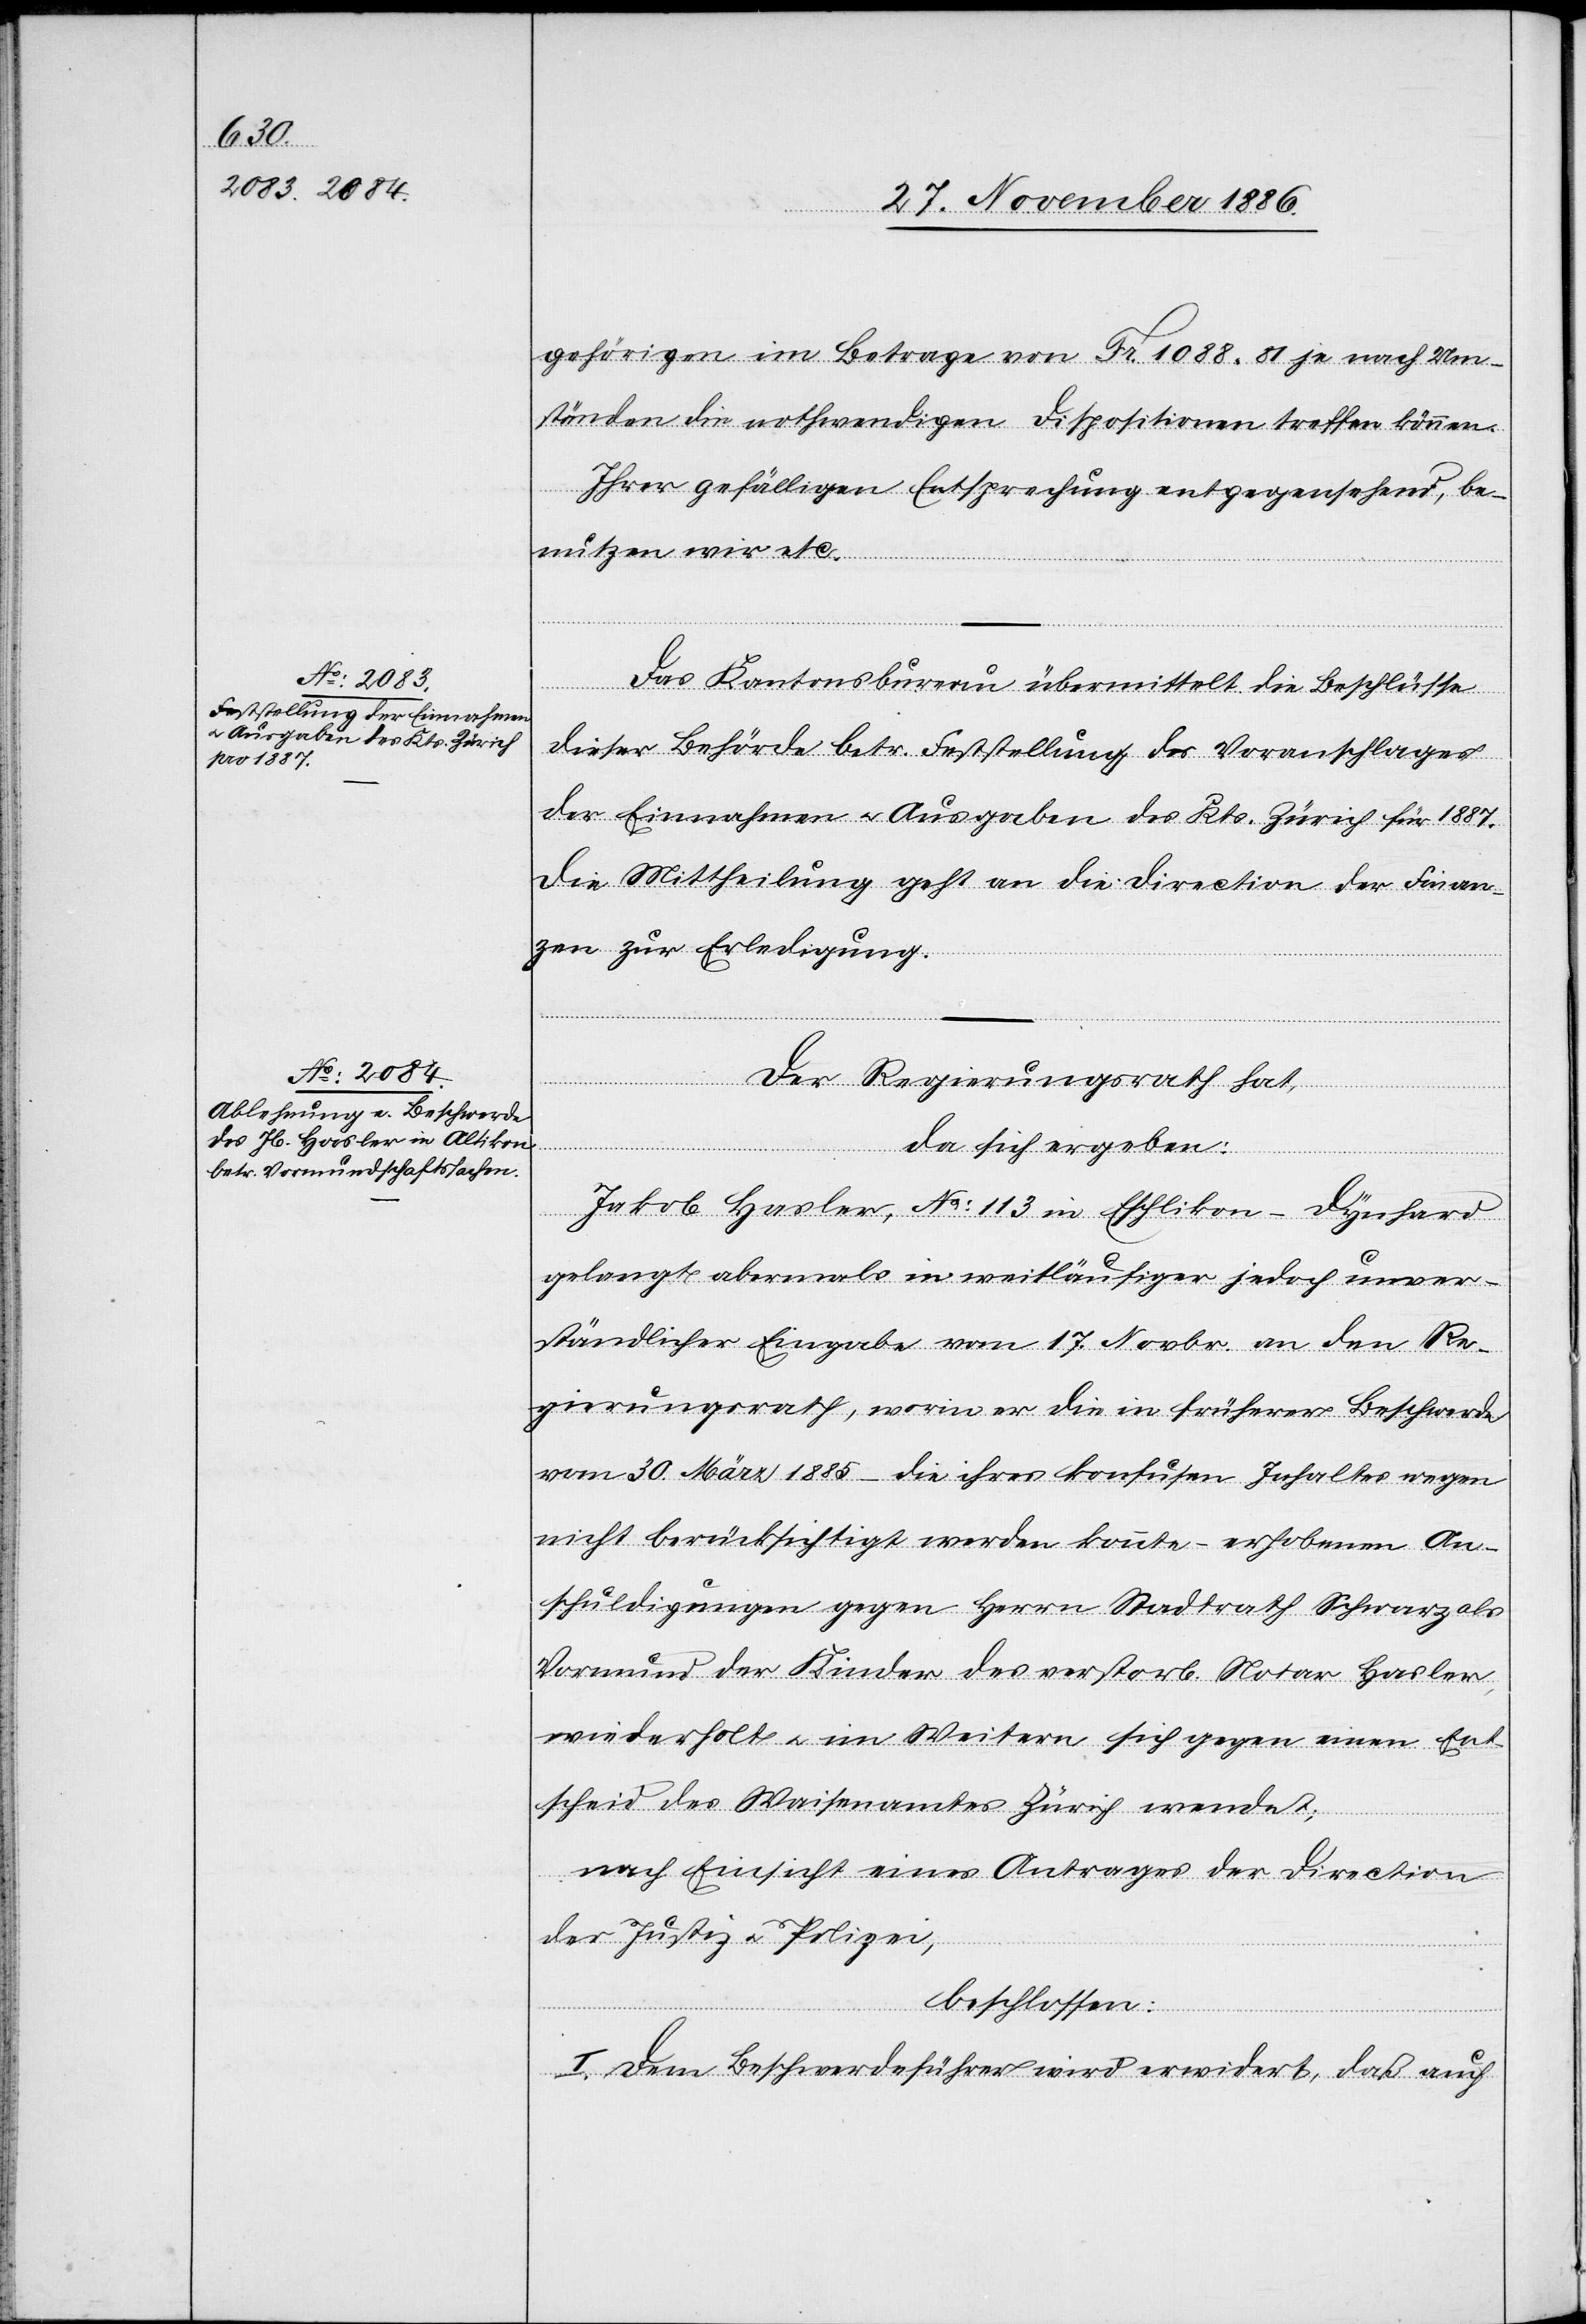
gehörigen im Betrage von Fr. 1088 81 je nach Um¬
ständen die nothwendigen Dispositionen treffen können.
Ihrer gefälligen Entsprechung entgegensehend, be¬
nutzen wir etc.“
Das Kantonsbureau übermittelt die Beschlüsse
dieser Behörde betr. Feststellung des Voranschlages
der Einnahmen & Ausgaben des Kts. Zürich für 1887.
Die Mittheilung geht an die Direction der Finan¬
zen zur Erledigung.
Der Regierungsrath hat,
da sich ergeben:
Jakob Hasler, No 113 in Eschlikon - Dynhard
gelangt abermals in weitläufiger jedoch unver¬
ständlicher Eingabe vom 17. Novbr. an den Re¬
gierungsrath, worin er die in früherer Beschwerde
vom 30. März 1885 – die ihres konfusen Inhaltes wegen
nicht berücksichtigt werden konnte – erhobenen An¬
schuldigungen gegen Herrn Stadtrath Schwarz als
Vormund der Kinder des verstorb. Notar Hasler,
wiederholt & im Weitern sich gegen einen Ent¬
scheid des Waisenamtes Zürich wendet;
nach Einsicht eines Antrages der Direction
der Justiz & Polizei,
beschlossen:
I. Dem Beschwerdeführer wird erwidert, daß auch